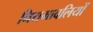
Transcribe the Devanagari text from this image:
नियमावलियों